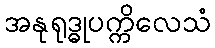
အနုရုဒ္ဓုပက္ကိလေသံ